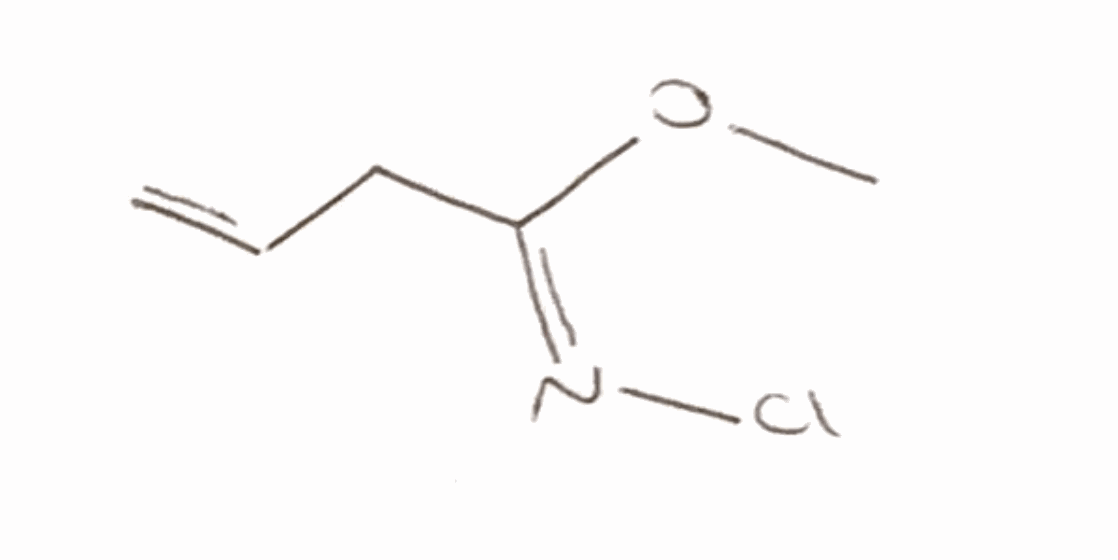
Simplified molecular-input line-entry system (SMILES) notation of the given molecule:
CO/C(=N\Cl)/CC=C